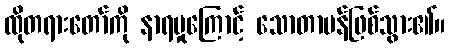
ထိုတရားတော်ကို နာရမှုကြောင့် သောတာပန်ဖြစ်သွား၏။